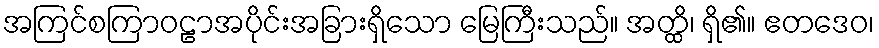
အကြင်စကြာဝဠာအပိုင်းအခြားရှိသော မြေကြီးသည်။ အတ္ထိ၊ ရှိ၏။ ဧတဒေဝ၊